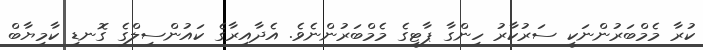
ކުރާ މެމްބަރުންނަކީ ސަރުކާރު ހިންގާ ޕާޓީގެ މެމްބަރުންނެވެ. އެދާއިރާގެ ކައުންސިލްގެ ގޮނޑި ކާމިޔާބް